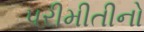
પરીમીતીનો